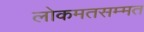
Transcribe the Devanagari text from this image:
लोकमतसम्मत